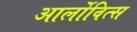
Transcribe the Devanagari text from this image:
आर्लोवित्स